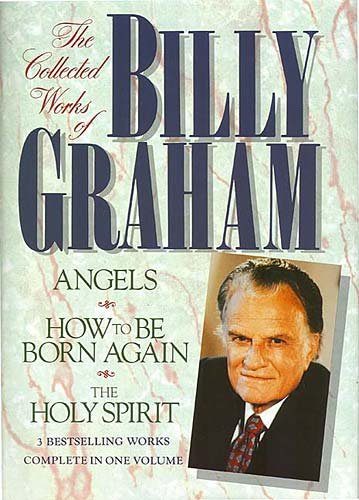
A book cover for The Collected Works of Billy Graham: Three Bestselling Works Complete in One Volume (Angels, How to Be Born Again, and The Holy Spirit); Billy Graham; Christian Books & Bibles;